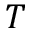
T